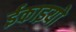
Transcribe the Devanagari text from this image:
ईकाइयो